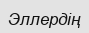
Эллердің